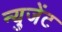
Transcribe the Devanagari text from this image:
न्युजेंट